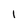
Character: 1